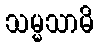
သမ္မသာမိ